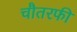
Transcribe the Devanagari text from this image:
चौतरफी